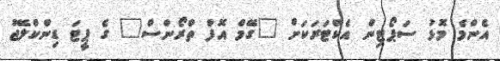
އެންމެ މޮޅު ސަޕޯޓިން އެކްޓަރަކަށް "ގޭމް އޮފް ތްރޯންސް" ގެ ޕީޓަ ޑިންކްލޭޖު